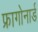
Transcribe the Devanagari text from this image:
फ्रागोनार्ड